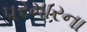
પરમારના